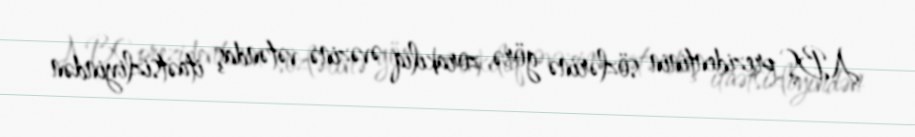
ABŞ prezidentinin sözlərinə görə, zorakılıq əvəzinə vətəndaş itaətsizliyindən